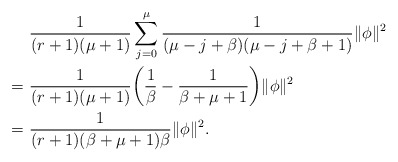
\begin{align*}&~\frac{1}{(r+1)(\mu+1)}\sum^\mu_{j=0}\frac{1}{(\mu-j+\beta)(\mu-j+\beta+1)}\|\phi\|^2\\=&~\frac{1}{(r+1)(\mu+1)}\bigg(\frac{1}{\beta}-\frac{1}{\beta+\mu+1}\bigg)\|\phi\|^2\\=&~\frac{1}{(r+1)(\beta+\mu+1)\beta}\|\phi\|^2.\end{align*}